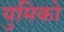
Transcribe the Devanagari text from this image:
युमिको